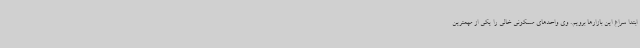
ابتدا سراغ این بازارها برویم. وی واحدهای مسکونی خالی را یکی از مهمترین